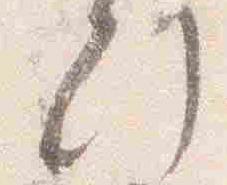
刻